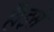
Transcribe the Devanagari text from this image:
हैं।इसे